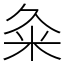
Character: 粂